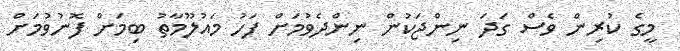
މީގެ ކުރިން ވެސް ގަދަ ނިންޖަކުން ނިންދެވުމަށް ފަހު މައުލޫމާތު ބިމަށް ފޮނުވުމަށް